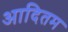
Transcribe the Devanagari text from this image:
आदितम